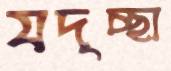
যদৃচ্ছা